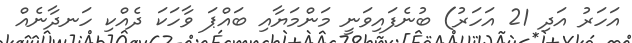
އަހަރު އަދި 21 އަހަރު) ބުނެފައިވަނީ މަންމަޔާއި ބައްޕަ ވާހަކަ ދެއްކި ހަނދާނެއް